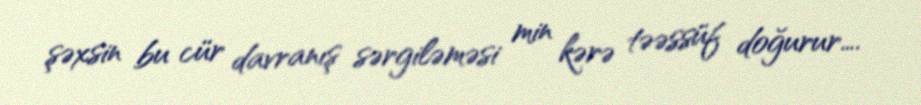
şəxsin bu cür davranış sərgiləməsi min kərə təəssüf doğurur….